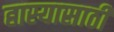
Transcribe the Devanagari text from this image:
हास्यासाठी